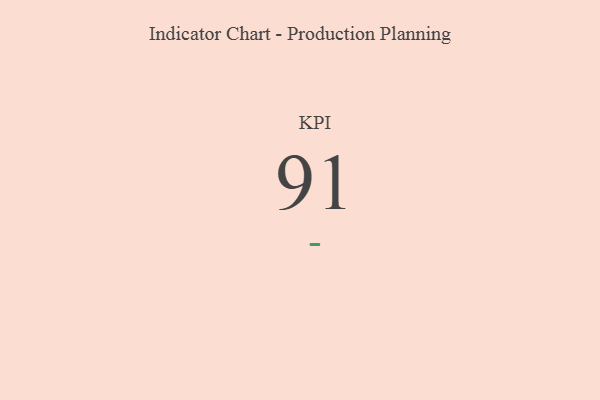
{"axis": {"x": "KPI", "y": "Value"}, "legend": [""], "data": [{"x": "KPI", "y": 91, "type": ""}]}